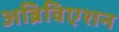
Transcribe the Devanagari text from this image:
अब्रिविएशन